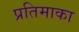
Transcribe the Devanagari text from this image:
प्रतिमाका